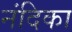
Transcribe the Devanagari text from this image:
नंदिका